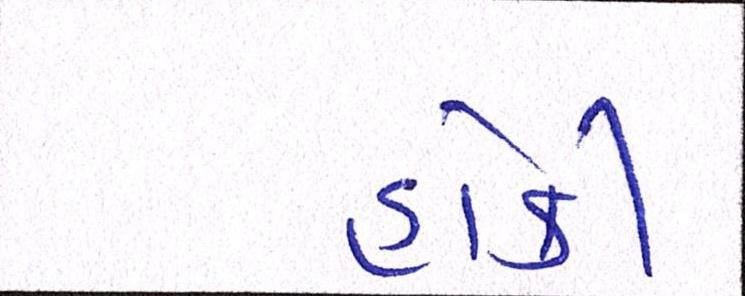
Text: હોકી